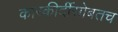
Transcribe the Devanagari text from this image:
कारकीर्दीसोबतच